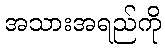
အသားအရည်ကို